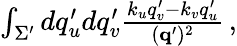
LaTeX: \begin{array}{r}{\int_{\Sigma^{\prime}}dq_{u}^{\prime}dq_{v}^{\prime}\frac{k_{u}q_{v}^{\prime}-k_{v}q_{u}^{\prime}}{(\textbf{q}^{\prime})^{2}}\, ,}\end{array}